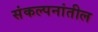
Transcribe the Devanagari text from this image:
संकल्पनांतील